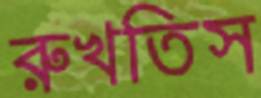
রুখতিস